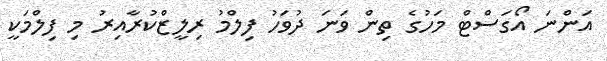
އަންނަ އޯގަސްޓް މަހުގެ ތިން ވަނަ ދުވަހު ފިލްމު ރިލީޒްކުރާއިރު މި ފިލްމަކީ